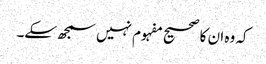
کہ وہ ان کا صحیح مفہوم نہیں سمجھ سکے۔